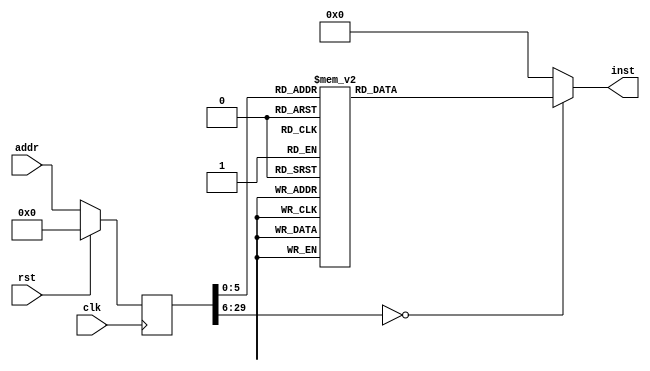
module gpcode(input clk, input rst, input [29:0] addr, output reg [31:0] inst);
reg [29:0] addr_r;
always @(posedge clk)
begin
addr_r <= (rst) ? (30'b0) : (addr);
end
always @(*)
begin
case(addr_r)
30'h00000000: inst = 32'h3c1d1000;
30'h00000001: inst = 32'h37bd4000;
30'h00000002: inst = 32'h3c081900;
30'h00000003: inst = 32'h3c0901ff;
30'h00000004: inst = 32'h352900ff;
30'h00000005: inst = 32'had090000;
30'h00000006: inst = 32'h00000000;
30'h00000007: inst = 32'h3c090200;
30'h00000008: inst = 32'had090004;
30'h00000009: inst = 32'h00000000;
30'h0000000a: inst = 32'h24090000;
30'h0000000b: inst = 32'had090008;
30'h0000000c: inst = 32'h00000000;
30'h0000000d: inst = 32'h3c090320;
30'h0000000e: inst = 32'h35290258;
30'h0000000f: inst = 32'had09000c;
30'h00000010: inst = 32'h00000000;
30'h00000011: inst = 32'h3c0902ff;
30'h00000012: inst = 32'h3529ffff;
30'h00000013: inst = 32'had000010;
30'h00000014: inst = 32'h00000000;
30'h00000015: inst = 32'h3c090123;
30'h00000016: inst = 32'h35290124;
30'h00000017: inst = 32'had090014;
30'h00000018: inst = 32'h00000000;
30'h00000019: inst = 32'h3c090258;
30'h0000001a: inst = 32'h35290320;
30'h0000001b: inst = 32'had090018;
30'h0000001c: inst = 32'h00000000;
30'h0000001d: inst = 32'had00001c;
30'h0000001e: inst = 32'h00000000;
30'h0000001f: inst = 32'h3c0a1040;
30'h00000020: inst = 32'h3c011800;
30'h00000021: inst = 32'hac2a0004;
30'h00000022: inst = 32'h00000000;
30'h00000023: inst = 32'h3c0b1900;
30'h00000024: inst = 32'h3c011800;
30'h00000025: inst = 32'hac2b0000;
30'h00000026: inst = 32'h00000000;
30'h00000027: inst = 32'h3c0c4000;
30'h00000028: inst = 32'h01800008;
30'h00000029: inst = 32'h00000000;
default:      inst = 32'h00000000;
endcase
end
endmodule